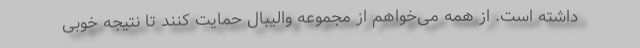
داشته است. از همه می‌خواهم از مجموعه والیبال حمایت کنند تا نتیجه خوبی